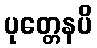
ပုတ္တေနပိ